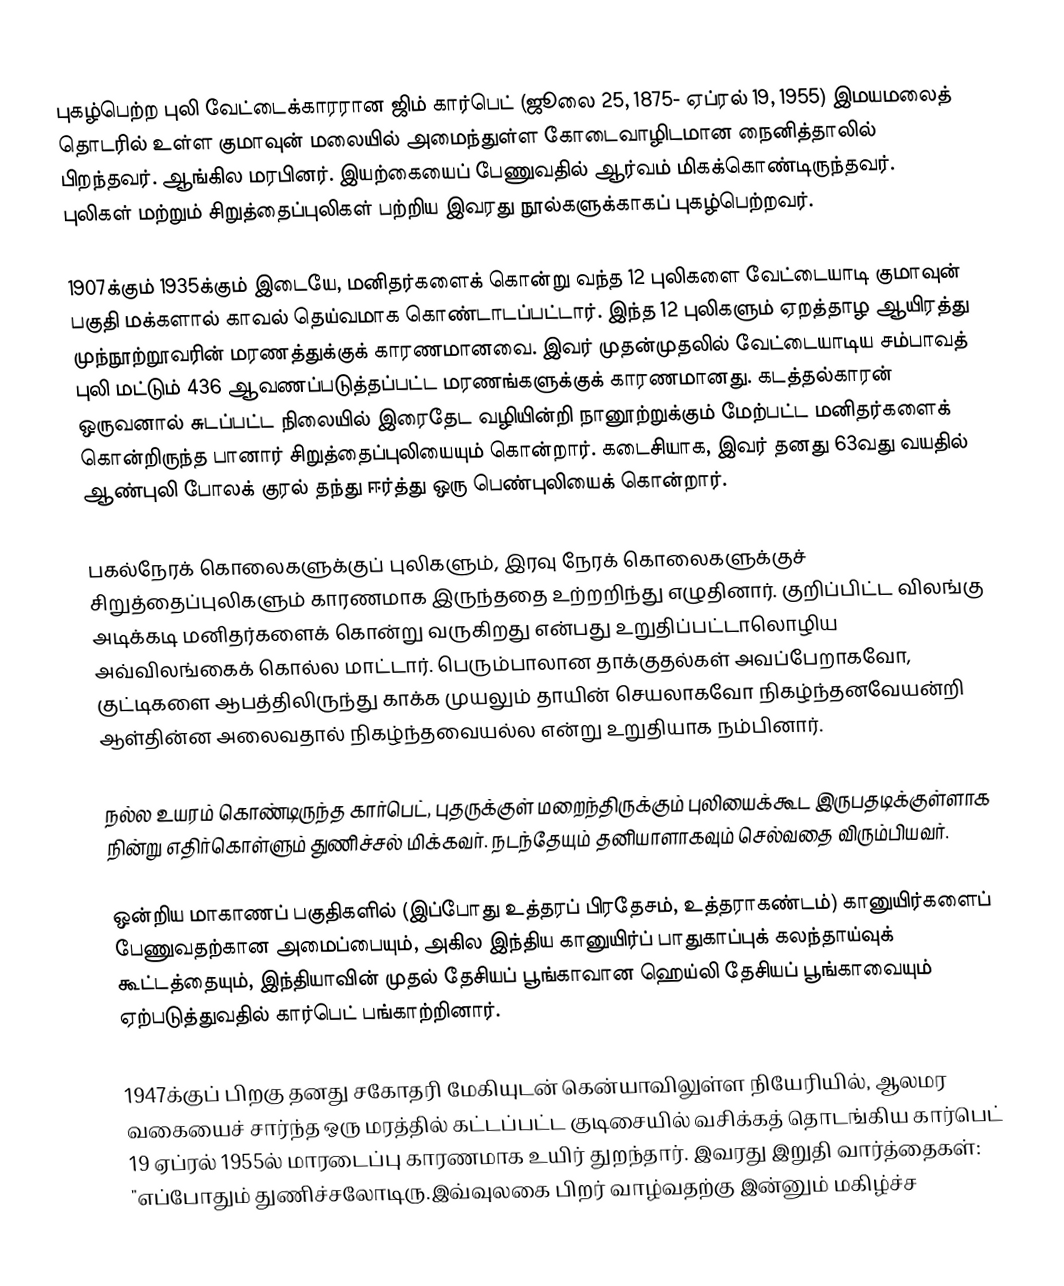
புகழ்பெற்ற புலி வேட்டைக்காரரான ஜிம் கார்பெட் (ஜூலை 25, 1875- ஏப்ரல் 19, 1955) இமயமலைத் தொடரில் உள்ள குமாவுன் மலையில் அமைந்துள்ள கோடைவாழிடமான நைனித்தாலில் பிறந்தவர். ஆங்கில மரபினர். இயற்கையைப் பேணுவதில் ஆர்வம் மிகக்கொண்டிருந்தவர். புலிகள் மற்றும் சிறுத்தைப்புலிகள் பற்றிய இவரது நூல்களுக்காகப் புகழ்பெற்றவர்.

1907க்கும் 1935க்கும் இடையே, மனிதர்களைக் கொன்று வந்த 12 புலிகளை வேட்டையாடி குமாவுன் பகுதி மக்களால் காவல் தெய்வமாக கொண்டாடப்பட்டார். இந்த 12 புலிகளும் ஏறத்தாழ ஆயிரத்து முந்நூற்றூவரின் மரணத்துக்குக் காரணமானவை. இவர் முதன்முதலில் வேட்டையாடிய சம்பாவத் புலி மட்டும் 436 ஆவணப்படுத்தப்பட்ட மரணங்களுக்குக் காரணமானது. கடத்தல்காரன் ஒருவனால் சுடப்பட்ட நிலையில் இரைதேட வழியின்றி நானூற்றுக்கும் மேற்பட்ட மனிதர்களைக் கொன்றிருந்த பானார் சிறுத்தைப்புலியையும் கொன்றார். கடைசியாக, இவர் தனது 63வது வயதில் ஆண்புலி போலக் குரல் தந்து ஈர்த்து ஒரு பெண்புலியைக் கொன்றார்.

பகல்நேரக் கொலைகளுக்குப் புலிகளும், இரவு நேரக் கொலைகளுக்குச் சிறுத்தைப்புலிகளும் காரணமாக இருந்ததை உற்றறிந்து எழுதினார். குறிப்பிட்ட விலங்கு அடிக்கடி மனிதர்களைக் கொன்று வருகிறது என்பது உறுதிப்பட்டாலொழிய அவ்விலங்கைக் கொல்ல மாட்டார். பெரும்பாலான தாக்குதல்கள் அவப்பேறாகவோ, குட்டிகளை ஆபத்திலிருந்து காக்க முயலும் தாயின் செயலாகவோ நிகழ்ந்தனவேயன்றி ஆள்தின்ன அலைவதால் நிகழ்ந்தவையல்ல என்று உறுதியாக நம்பினார்.

நல்ல உயரம் கொண்டிருந்த கார்பெட், புதருக்குள் மறைந்திருக்கும் புலியைக்கூட இருபதடிக்குள்ளாக நின்று எதிர்கொள்ளும் துணிச்சல் மிக்கவர். நடந்தேயும் தனியாளாகவும் செல்வதை விரும்பியவர்.

ஒன்றிய மாகாணப் பகுதிகளில் (இப்போது உத்தரப் பிரதேசம், உத்தராகண்டம்) கானுயிர்களைப் பேணுவதற்கான அமைப்பையும், அகில இந்திய கானுயிர்ப் பாதுகாப்புக் கலந்தாய்வுக் கூட்டத்தையும், இந்தியாவின் முதல் தேசியப் பூங்காவான ஹெய்லி தேசியப் பூங்காவையும் ஏற்படுத்துவதில் கார்பெட் பங்காற்றினார்.

1947க்குப் பிறகு தனது சகோதரி மேகியுடன் கென்யாவிலுள்ள நியேரியில், ஆலமர வகையைச் சார்ந்த ஒரு மரத்தில் கட்டப்பட்ட குடிசையில் வசிக்கத் தொடங்கிய கார்பெட் 19 ஏப்ரல் 1955ல் மாரடைப்பு காரணமாக உயிர் துறந்தார். இவரது இறுதி வார்த்தைகள்: "எப்போதும் துணிச்சலோடிரு.இவ்வுலகை பிறர் வாழ்வதற்கு இன்னும் மகிழ்ச்ச